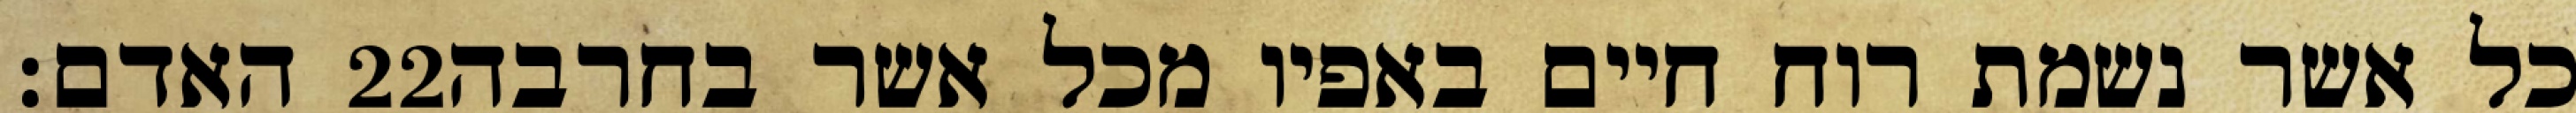
האדם׃ ‎22‏ כל אשר נשמת רוח חיים באפיו מכל אשר בחרבה